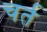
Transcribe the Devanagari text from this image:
चर्त